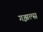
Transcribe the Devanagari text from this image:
गझल्स